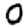
Digit: 0